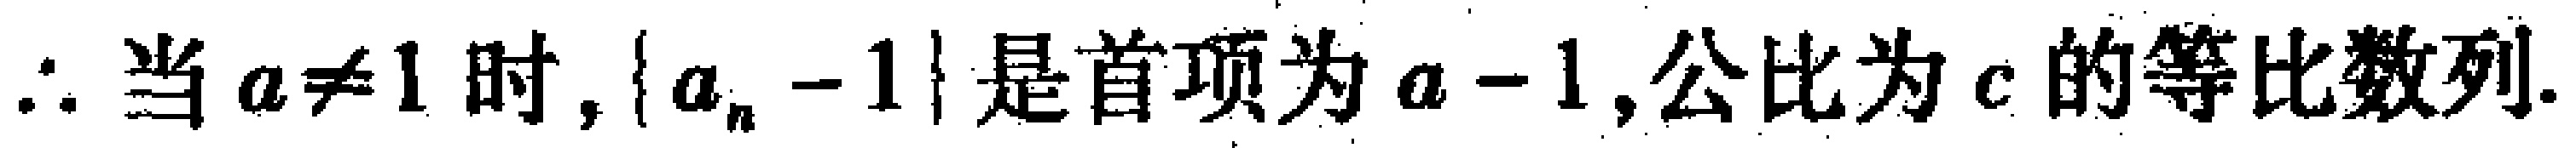
$\therefore$当$a\neq 1$时,$\{ a_{n}-1\}$是首项为$a - 1$,公比为$c$的等比数列.